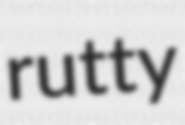
rutty